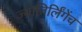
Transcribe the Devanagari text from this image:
ज्योतिर्लिंगेंच